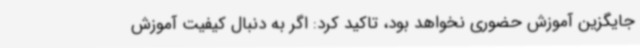
جایگزین آموزش حضوری نخواهد بود، تاکید کرد: اگر به دنبال کیفیت آموزش